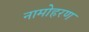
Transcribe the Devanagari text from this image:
नामोहरण